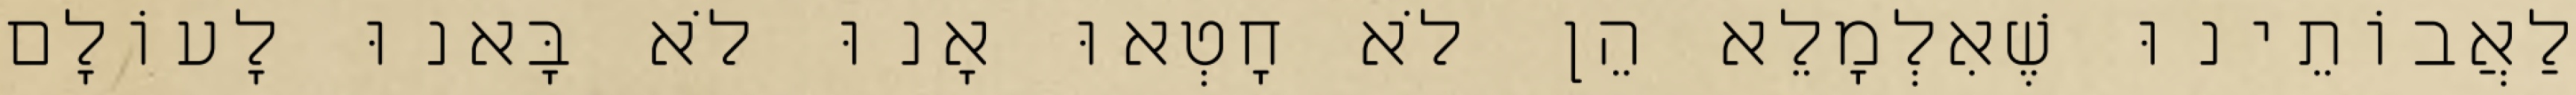
לַאֲבוֹתֵינוּ שֶׁאִלְמָלֵא הֵן לֹא חָטְאוּ אָנוּ לֹא בָּאנוּ לָעוֹלָם